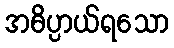
အဓိပ္ပာယ်ရသော